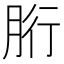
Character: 胻